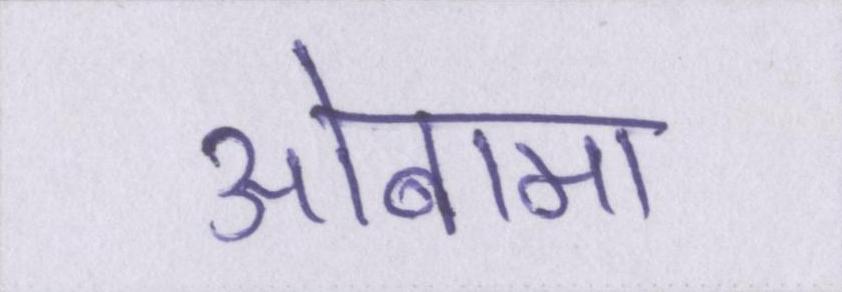
ओबामा